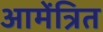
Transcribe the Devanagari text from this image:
आमेंत्रित